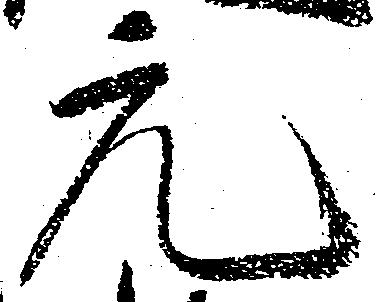
元